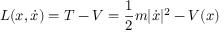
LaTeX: L ( x , { \dot { x } } ) = T - V = { \frac { 1 } { 2 } } m | { \dot { x } } | ^ { 2 } - V ( x )